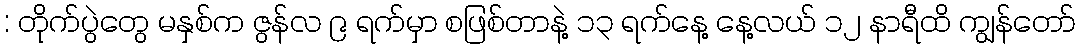
: တိုက်ပွဲတွေ မနှစ်က ဇွန်လ ၉ ရက်မှာ စဖြစ်တာနဲ့ ၁၃ ရက်နေ့ နေ့လယ် ၁၂ နာရီထိ ကျွန်တော်